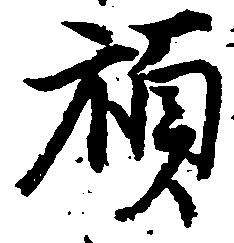
禎